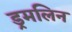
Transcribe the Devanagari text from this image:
ड्रमलिन